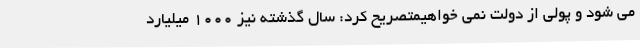
می شود و پولی از دولت نمی خواهیمتصریح کرد: سال گذشته نیز 1000 میلیارد